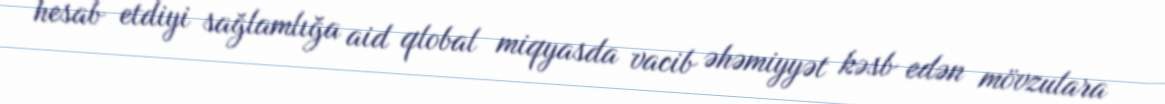
hesab etdiyi sağlamlığa aid qlobal miqyasda vacib əhəmiyyət kəsb edən mövzulara